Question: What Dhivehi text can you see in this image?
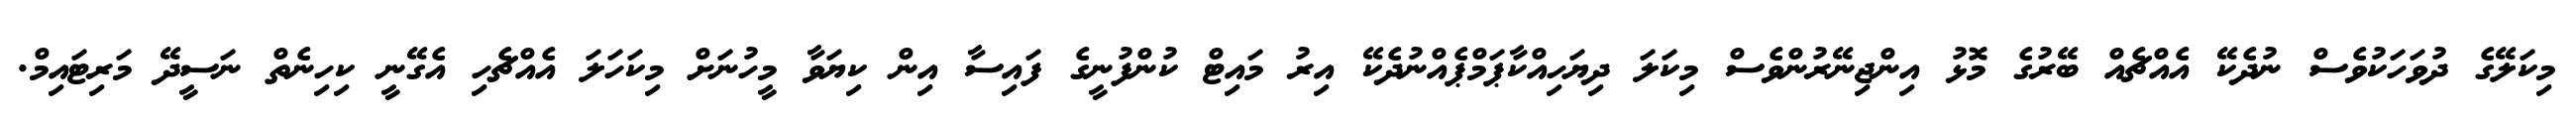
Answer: މިކަލޭގެ ދުވަހަކުވެސް ނުދެކޭ އެއްޗެއް ބޭރުގެ މޮޅު އިންޖިނޭރުންވެސް މިކަލަ ދިޔަހިއްކާޕަމްޕެއްނުދެކޭ އިރު މައިޓް ކުންފުނީގެ ފައިސާ އިން ކިޔަވާ މީހުނަށް މިކަހަލަ އެއްޗެހި އެގޭނީ ކިހިނެތް ނަސީދޭ މަރިޓައިމް.